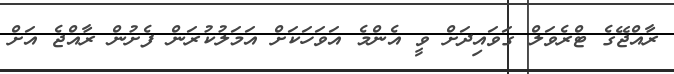
ރާއްޖޭގެ ޓްރެވަލް ގަވައިދަށް ވީ އެންމެ އަވަހަކަށް އަމަލުކުރަން ފެށުން ރާއްޖެ އަށް